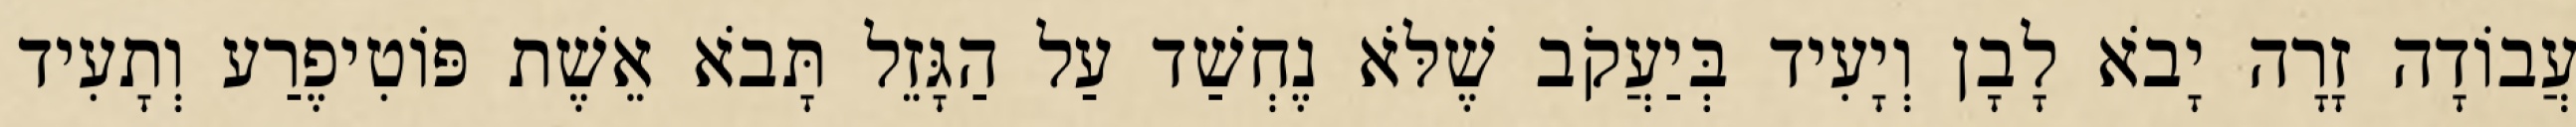
עֲבוֹדָה זָרָה יָבֹא לָבָן וְיָעִיד בְּיַעֲקֹב שֶׁלֹּא נֶחְשַׁד עַל הַגָּזֵל תָּבֹא אֵשֶׁת פּוֹטִיפֶרַע וְתָעִיד